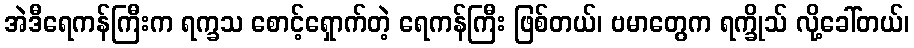
အဲဒီရေကန်ကြီးက ရက္ခသ စောင့်ရှောက်တဲ့ ရေကန်ကြီး ဖြစ်တယ်၊ ဗမာတွေက ရက္ခိုသ် လို့ခေါ်တယ်၊